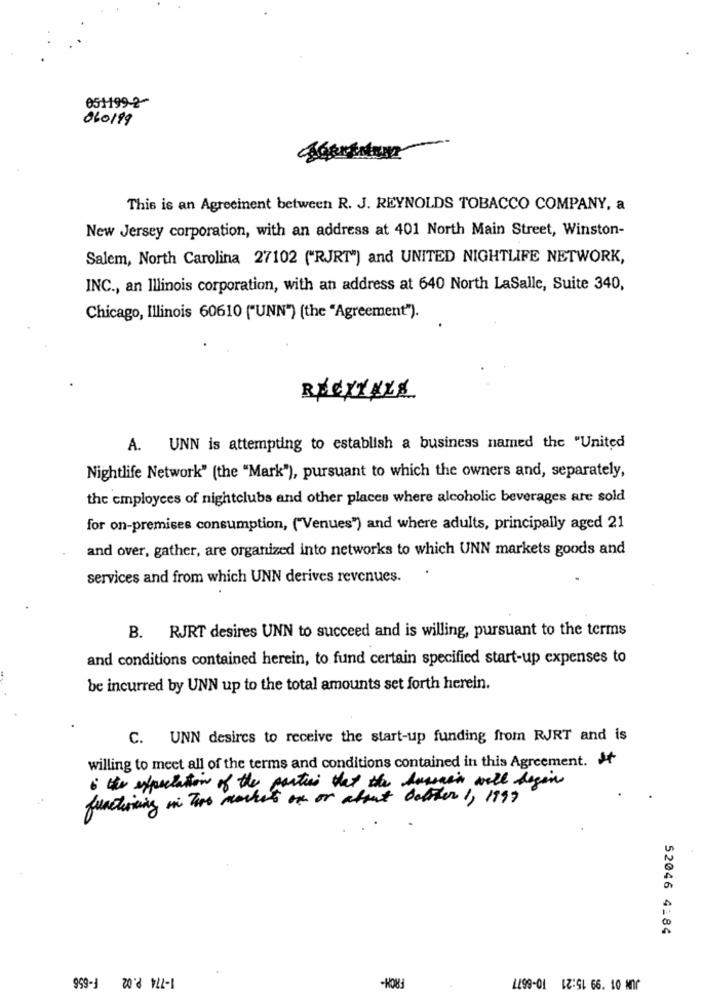
051199-2
060199
This is an Agreeinent between R. J. REYNOLDS TOBACCO COMPANY, a
New Jersey corporation, with an address at 401 North Main Street, Winston-
Salem, North Carolina 27102 ("RJRT") and UNITED NIGHTLIFE NETWORK,
INC ., an Illinois corporation, with an address at 640 North LaSalle, Suite 340,
Chicago, Illinois 60610 ("UNN") (the "Agreement").
A. UNN is attempting to establish a business named the "United
Nightlife Network" (the "Mark"), pursuant to which the owners and, separately,
the employees of nightclubs and other places where alcoholic beverages are sold
for on-premises consumption, ("Venues") and where adults, principally aged 21
and over, gather, are organized into networks to which UNN markets goods and
services and from which UNN derives revenues.
B. RJRT desires UNN to succeed and is willing, pursuant to the terms
and conditions contained herein, to fund certain specified start-up expenses to
be incurred by UNN up to the total amounts set forth herein.
C. UNN desires to receive the start-up funding from RJRT and is
willing to meet all of the terms and conditions contained in this Agreement. It
. the expectation of the parties that the humain will begin
functioning in two markeds on or about datter 1, 1997
52046 4184
1-774 P.02 F-656
1499-01 12:91 66. 10 107